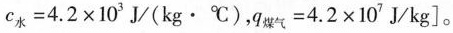
$$c _ { 水 } = 4 . 2 \times 1 0 ^ { 3 } J / ( k g \cdot ℃ )$$ ， $$q _ { 煤 气 } = 4 . 2 \times 1 0 ^ { 7 } J / k g$$ ]。